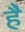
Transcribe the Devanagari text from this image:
है॓